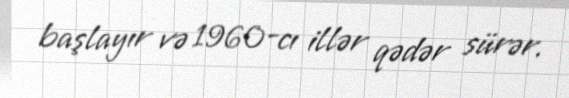
başlayır və 1960-cı illər qədər sürər.